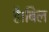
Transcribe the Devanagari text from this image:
है।बिल